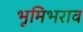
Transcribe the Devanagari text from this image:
भूमिभराव